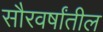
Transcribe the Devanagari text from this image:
सौरवर्षांतील